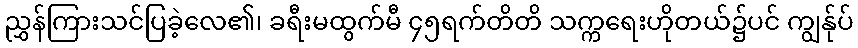
ညွှန်ကြားသင်ပြခဲ့လေ၏၊ ခရီးမထွက်မီ ၄၅ရက်တိတိ သက္ကရေးဟိုတယ်၌ပင် ကျွန်ုပ်